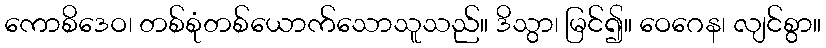
ကောစိဒေဝ၊ တစ်စုံတစ်ယောက်သောသူသည်။ ဒိသွာ၊ မြင်၍။ ဝေဂေန၊ လျင်စွာ။